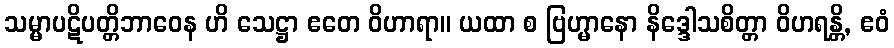
သမ္မာပဋိပတ္တိဘာဝေန ဟိ သေဋ္ဌာ ဧတေ ဝိဟာရာ။ ယထာ စ ဗြဟ္မာနော နိဒ္ဒေါသစိတ္တာ ဝိဟရန္တိ, ဧဝံ